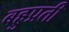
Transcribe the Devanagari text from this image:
बहुप्रती